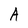
Character: A